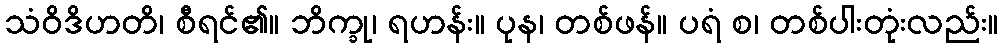
သံဝိဒိဟတိ၊ စီရင်၏။ ဘိက္ခု၊ ရဟန်း။ ပုန၊ တစ်ဖန်။ ပရံ စ၊ တစ်ပါးတုံးလည်း။